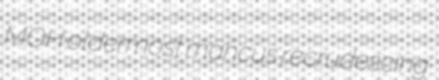
MOH oldermost mancus recrudescing